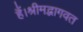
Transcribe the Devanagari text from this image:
हैं।श्रीमद्भागवत